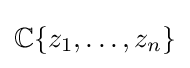
\mathbb {C} \{z_{1},\ldots ,z_{n}\}